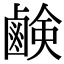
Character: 鹸